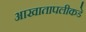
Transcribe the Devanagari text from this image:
आखातापलीकडे